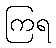
ကြရ